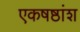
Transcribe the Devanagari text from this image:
एकषष्ठांश